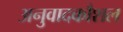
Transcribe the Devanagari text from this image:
अनुवादकौशल